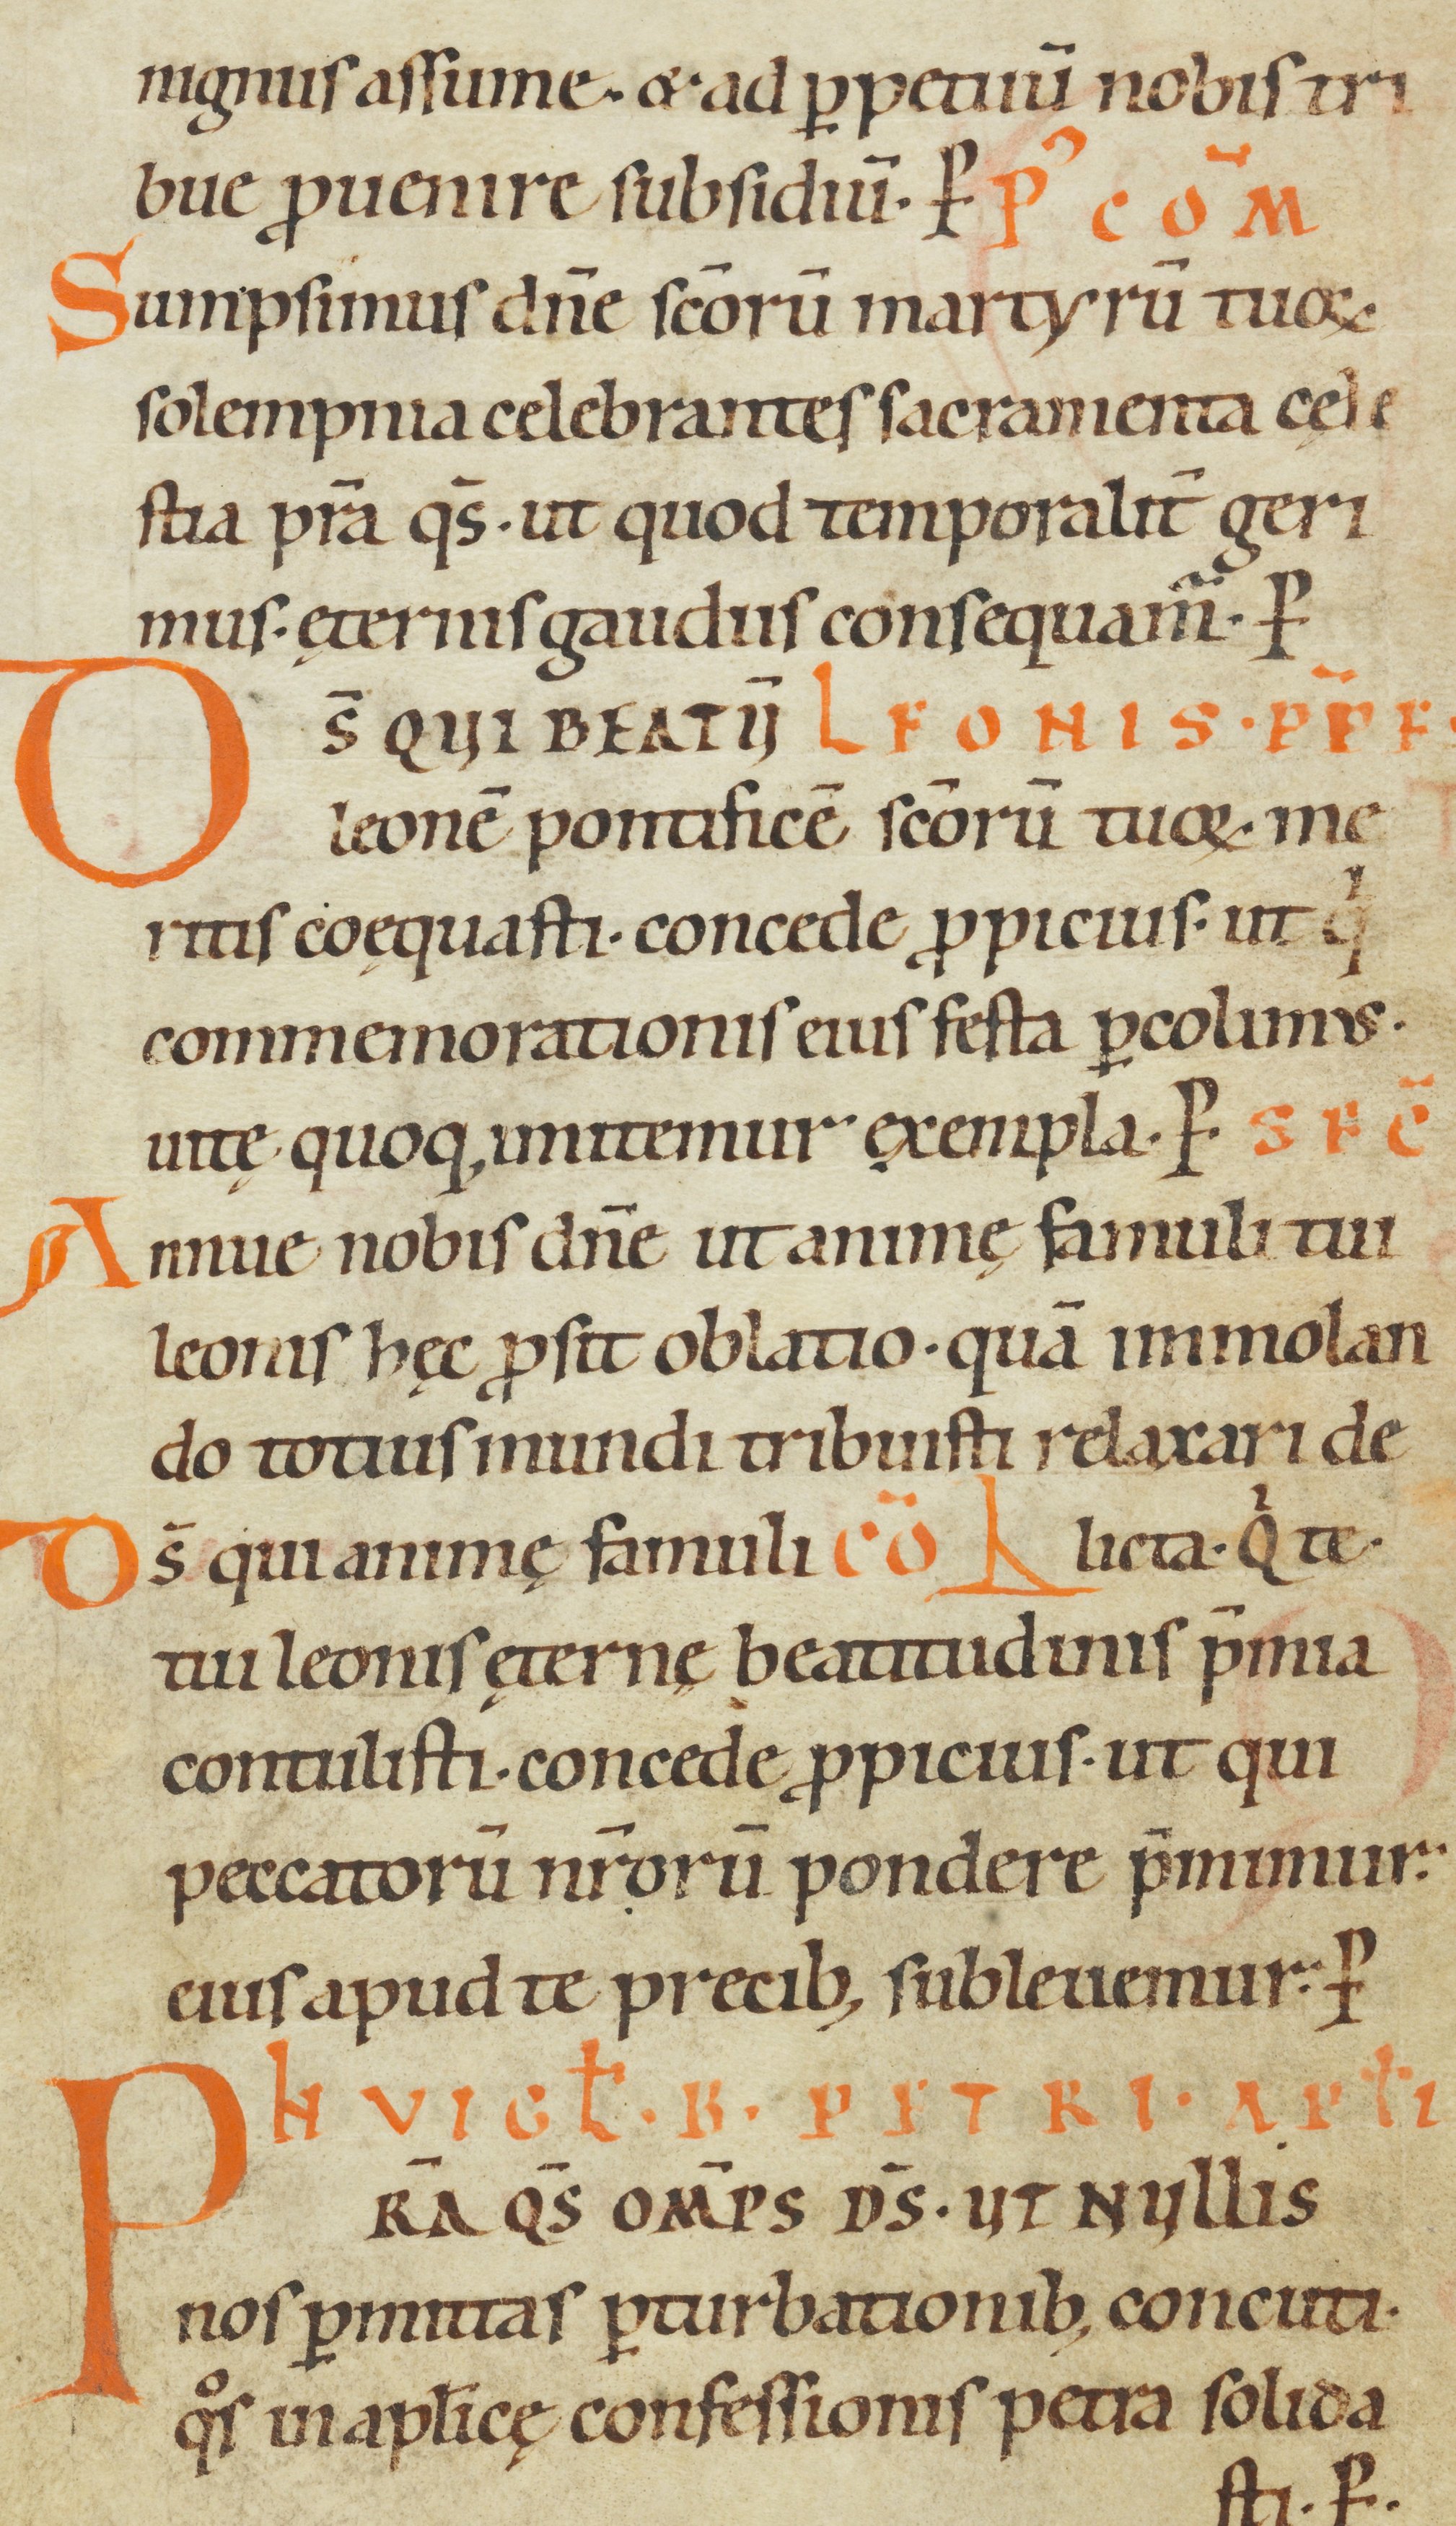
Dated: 1000–1099